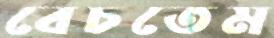
বেচতেম